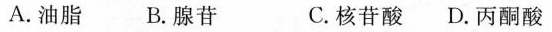
A.油脂 B.腺苷 C.核苷酸 D.丙酮酸